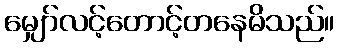
မျှော်လင့်တောင့်တနေမိသည်။